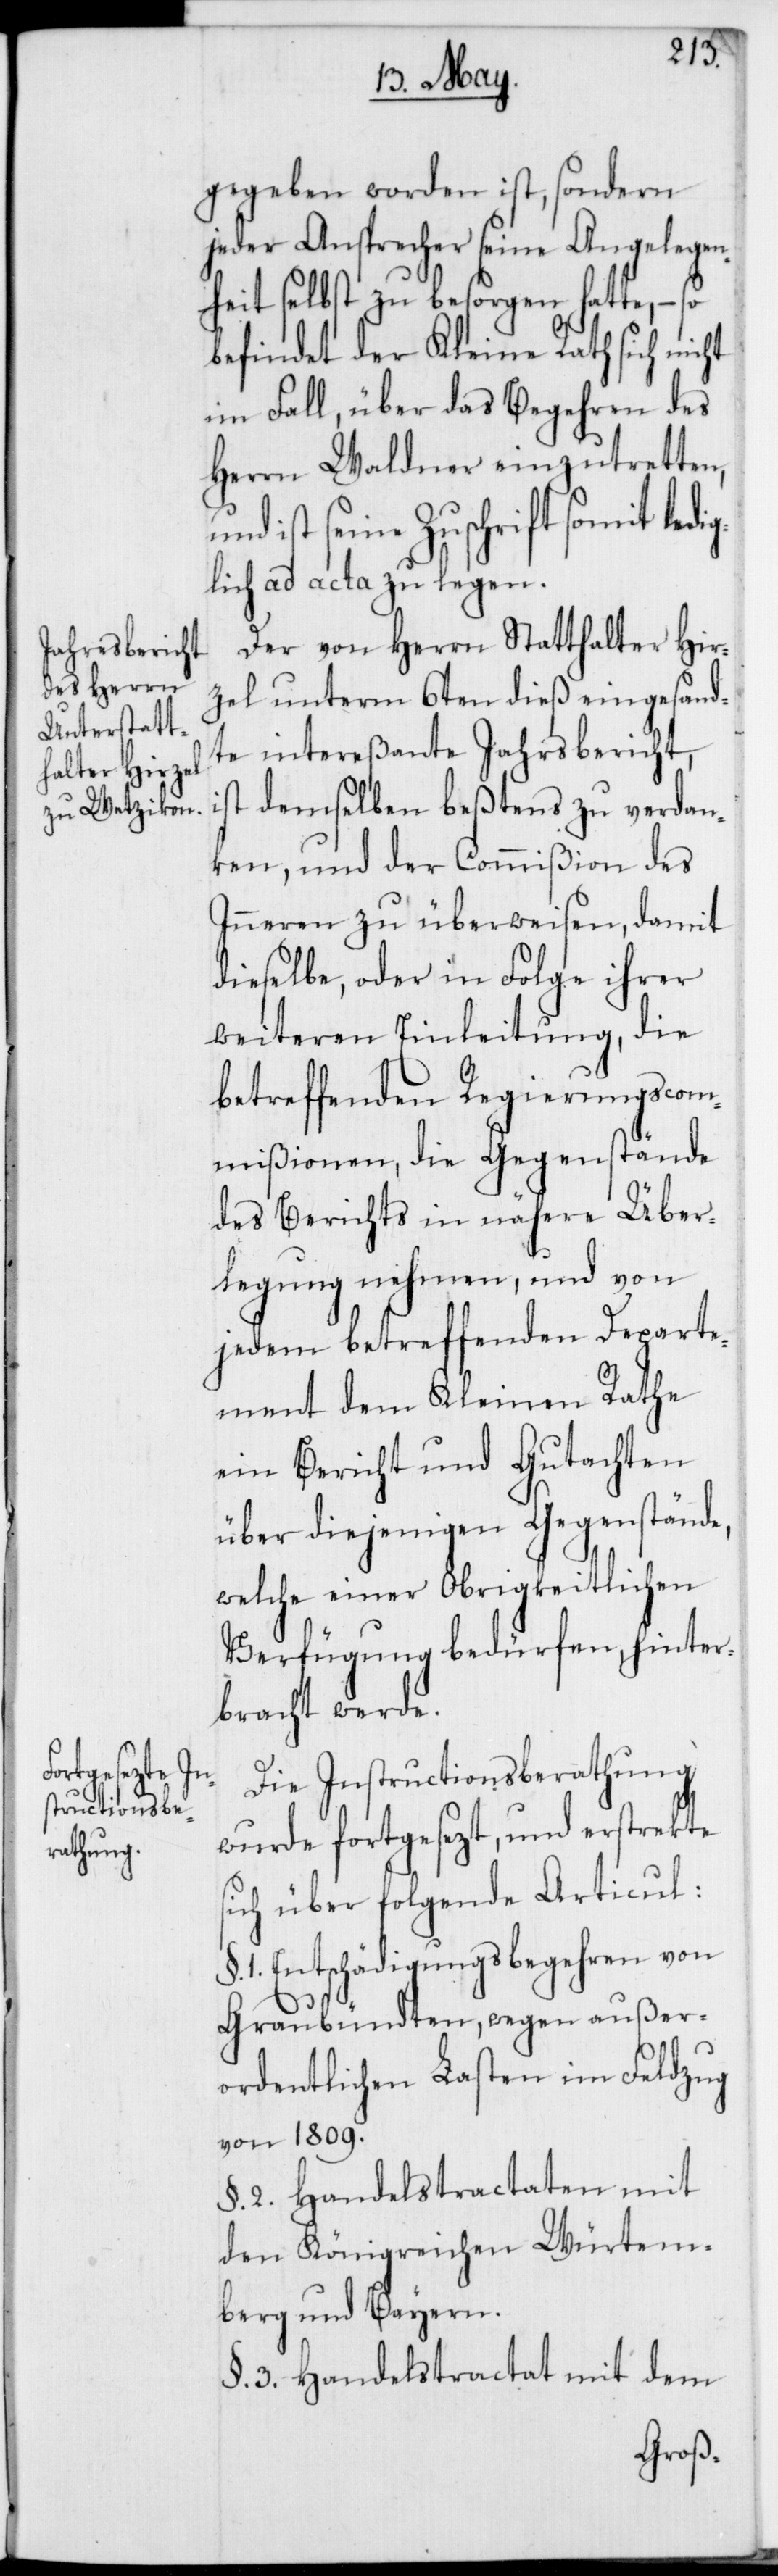
gegeben worden ist, sondern
jeder Ansprecher seine Angelegen¬
heit selbst zu besorgen hatte, – so
befindet der Kleine Rath sich nicht
im Fall, über das Begehren des
Herrn Waldner einzutretten,
und ist seine Zuschrift somit ledig¬
lich ad acta zu legen.
Der von Herrn Statthalter Hir¬
zel unterm 6ten dieß eingesand¬
te intereßante Jahresbericht,
ist demselben beßtens zu verdan¬
ken, und der Commißion des
Inneren zu überweisen, damit
dieselbe oder in Folge ihrer
weiteren Einleitung, die
betreffenden Regierungscom¬
mißionen, die Gegenstände
des Berichts in nähere Über¬
legung nehmen, und von
jedem betreffenden Departe¬
ment dem Kleinen Rathe
ein Bericht und Gutachten
über diejenigen Gegenstände,
welche einer Obrigkeitlichen
Verfügung bedürfen, hinter¬
bracht werde.
Die Instructionsberathung
wurde fortgesezt, und erstrekte
sich über folgende Articul:
1. Entschädigungsbegehren von
Graubündten, wegen außer¬
ordentlichen Lasten im Feldzug
von 1809.
§. 2. Handelstractaten mit
den Königreichen Würtem¬
berg und Bayern.
§. 3. Handelstractat mit dem